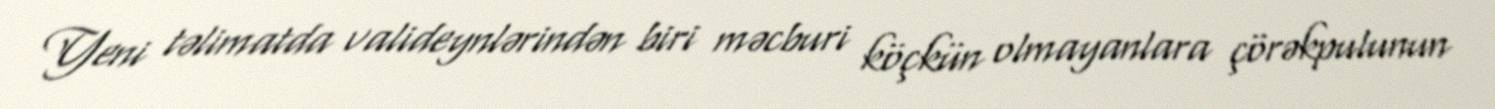
Yeni təlimatda valideynlərindən biri məcburi köçkün olmayanlara çörəkpulunun